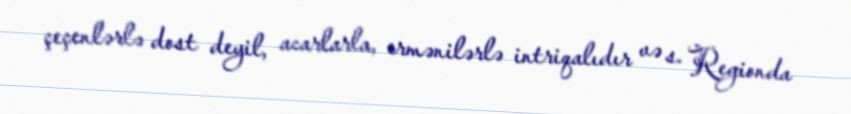
çeçenlərlə dost deyil, acarlarla, ermənilərlə intriqalıdır və s. Regionda